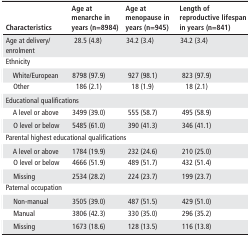
<table><thead><tr><td><b>Characteristics</b></td><td><b>Age at menarche in years (n=8984)</b></td><td><b>Age at menopause in years (n=945)</b></td><td><b>Length of reproductive lifespan in years (n=841)</b></td></tr></thead><tbody><tr><td>Age at delivery/enrolment</td><td>28.5 (4.8)</td><td>34.2 (3.4)</td><td>34.2 (3.4)</td></tr><tr><td colspan="4">Ethnicity</td></tr><tr><td> White/European</td><td>8798 (97.9)</td><td>927 (98.1)</td><td>823 (97.9)</td></tr><tr><td> Other</td><td>186 (2.1)</td><td>18 (1.9)</td><td>18 (2.1)</td></tr><tr><td colspan="4">Educational qualifications</td></tr><tr><td> A level or above</td><td>3499 (39.0)</td><td>555 (58.7)</td><td>495 (58.9)</td></tr><tr><td> O level or below</td><td>5485 (61.0)</td><td>390 (41.3)</td><td>346 (41.1)</td></tr><tr><td colspan="4">Parental highest educational qualifications</td></tr><tr><td> A level or above</td><td>1784 (19.9)</td><td>232 (24.6)</td><td>210 (25.0)</td></tr><tr><td> O level or below</td><td>4666 (51.9)</td><td>489 (51.7)</td><td>432 (51.4)</td></tr><tr><td> Missing</td><td>2534 (28.2)</td><td>224 (23.7)</td><td>199 (23.7)</td></tr><tr><td colspan="4">Paternal occupation</td></tr><tr><td> Non-manual</td><td>3505 (39.0)</td><td>487 (51.5)</td><td>429 (51.0)</td></tr><tr><td> Manual</td><td>3806 (42.3)</td><td>330 (35.0)</td><td>296 (35.2)</td></tr><tr><td> Missing</td><td>1673 (18.6)</td><td>128 (13.5)</td><td>116 (13.8)</td></tr></tbody></table>